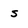
Character: s